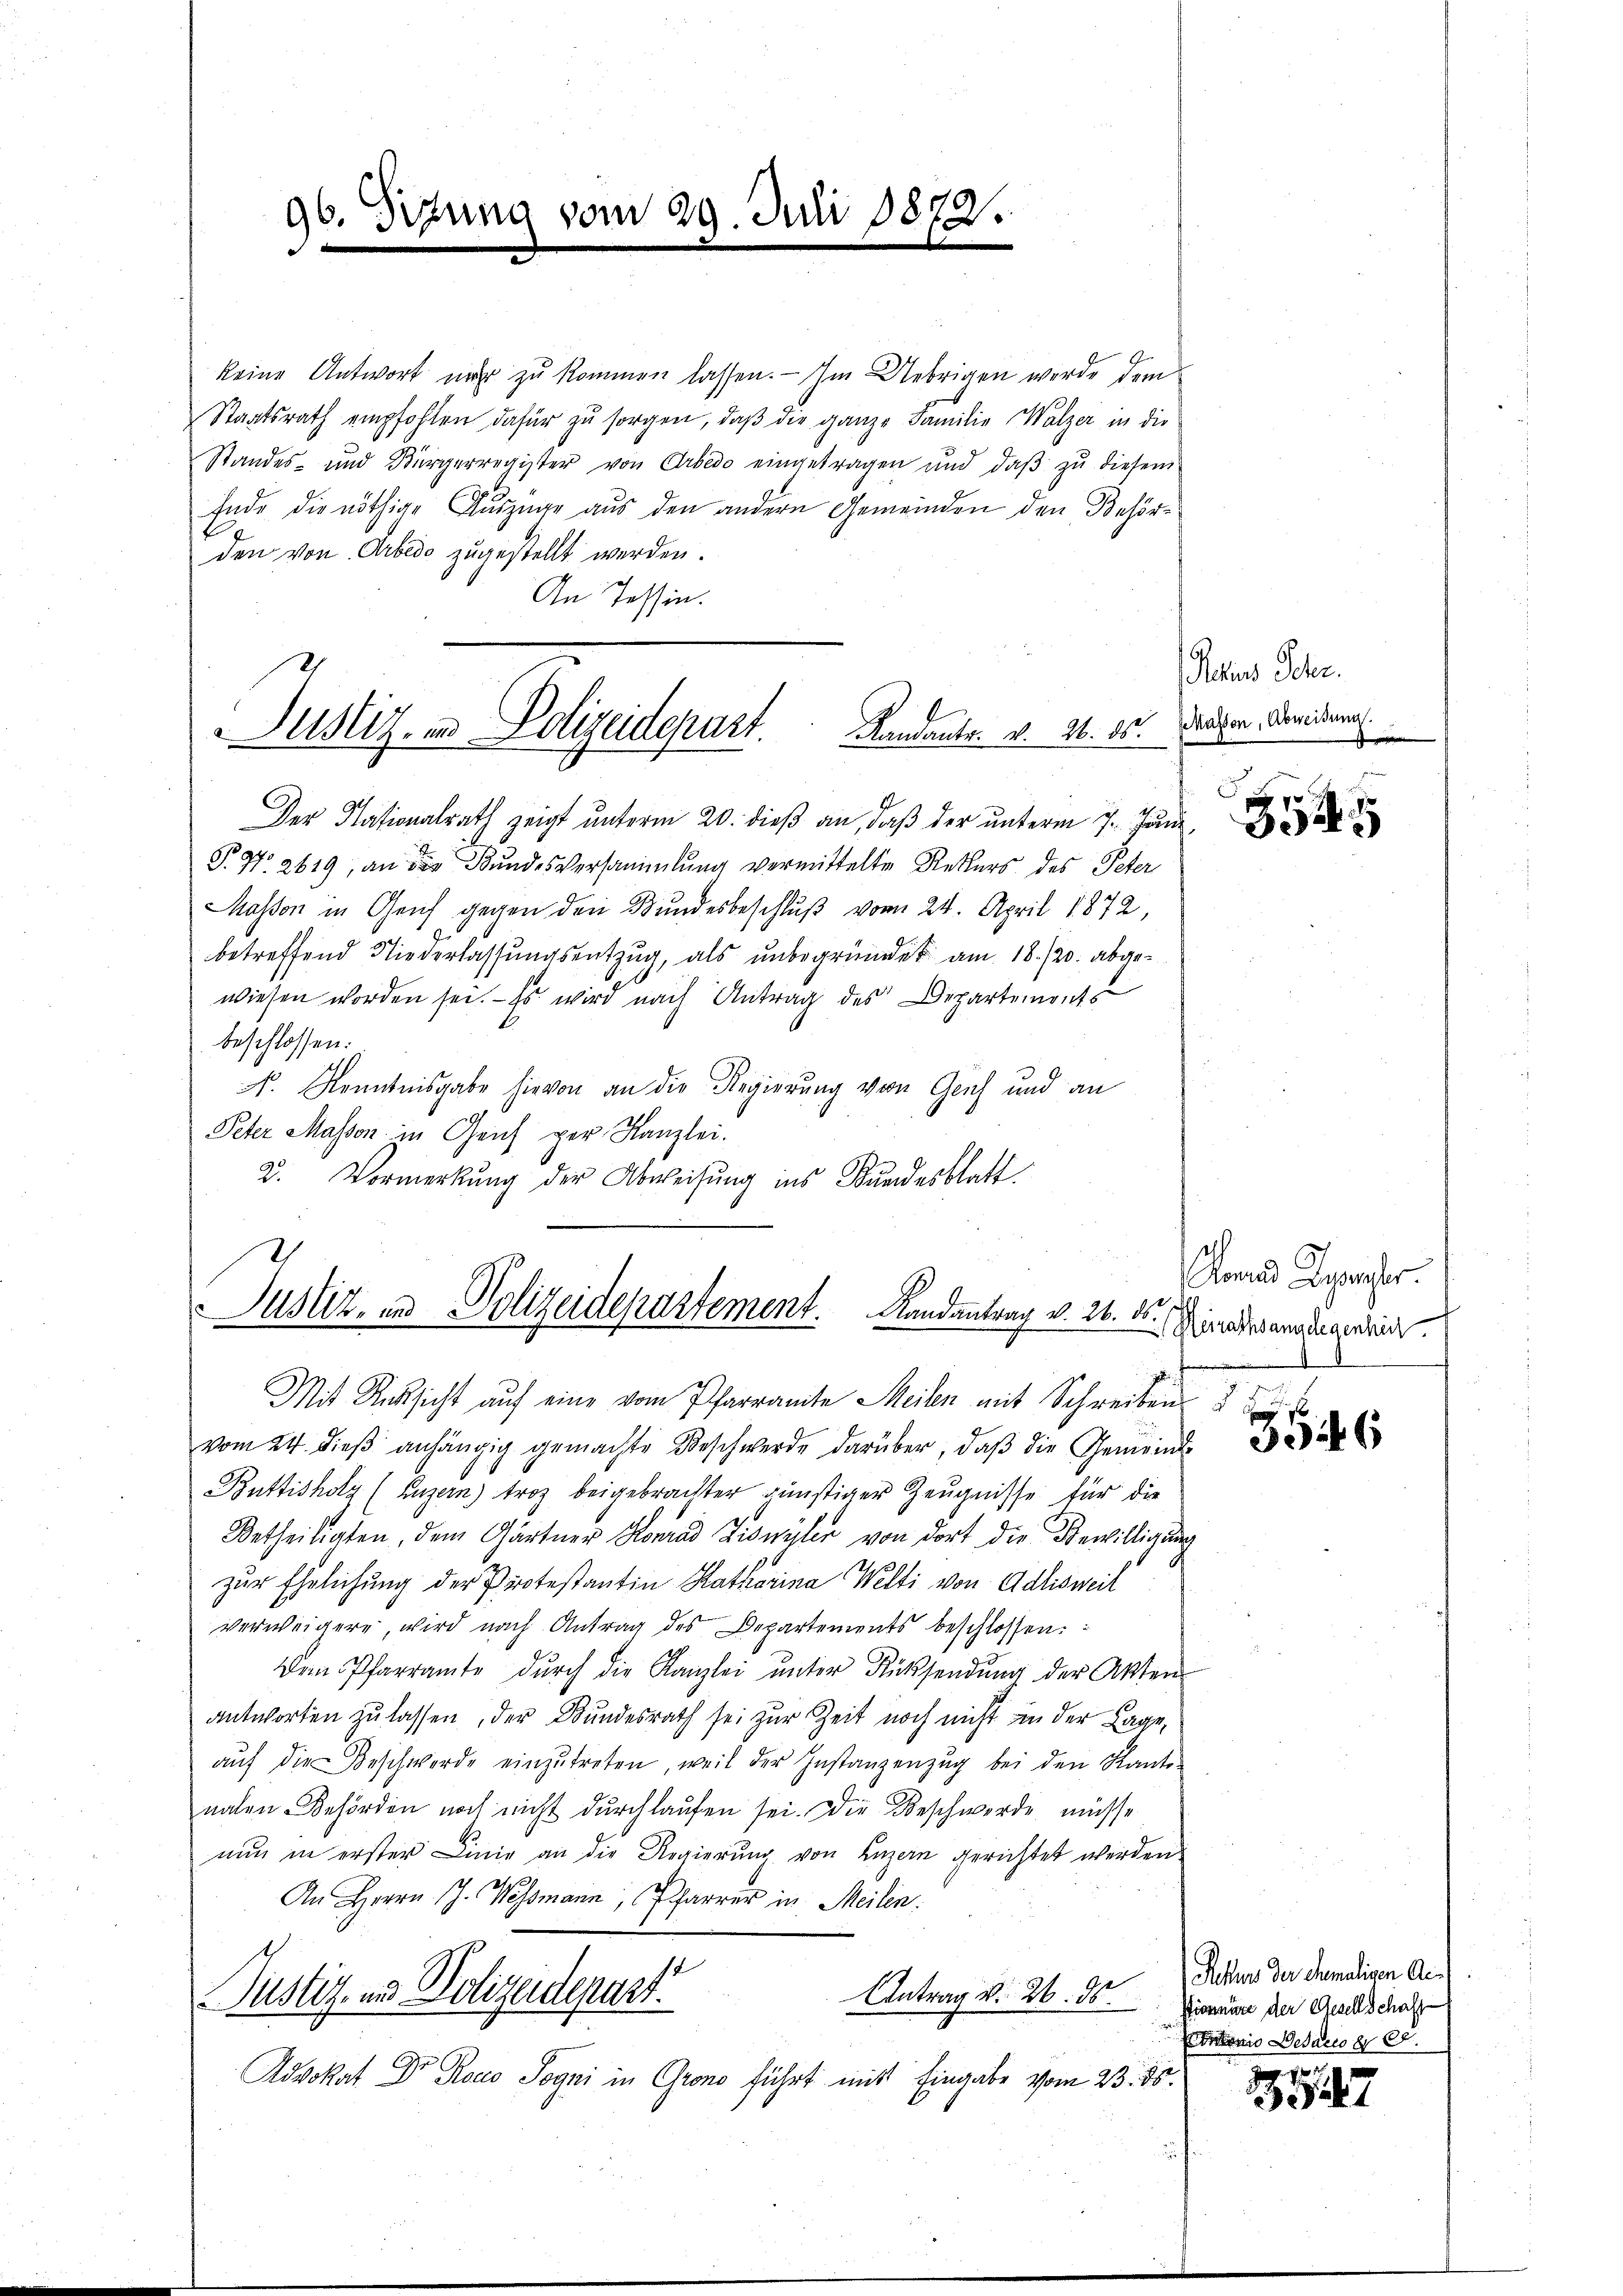
96. Sitzung vom 29. Juni 1872.
e

keine Antwort nur zu kommen lassen. — Im Uebrigen werde dem
Staatsrath empfohlen dafür zu sorgen, daß die ganze Familie Walzer in die
Standes- und Bürgerregister von Arbedo eingetragen und daß zu diesem
Ende die nöthige Auszüge aus den andern Gemeinden den Behörden von Arbedo zugestellt werden.
An Tessin.

Justiz- und Polizeidepart. Landants. v. 24. 85.

Der Nationalrath zeigt unterm 20. dieß an, daß der unterm 7. Juni
P. Nr. 2619, an die Bundesversammlung vermittelte Rekurs des Peter
Masson in Genf gegen den Bundesbeschluß vom 24. April 1872,
betreffend Niederlassungsentzug, als unbegründet am 18./20. abgewiesen worden sei. - Es wird nach Antrag des Departements
beschlossen:
N. Kenntnisgabe hievon an die Regierung von Genf und an
Peter Masson in Geich per Kanzlei.
2. Vormerkŭng der Abweisung ins Bundesblatt

Justiz, und Polizeidepartement. Landantrag v. 26. ds.

Pechens Schr.
Massen, Abweisung.
e

35

onas Gegenster.
Mesrathsanndlegenheit.

Mit Rücksicht auf eine vom Pfarramte Meilen mit Schreiben
vom 24. dieß anhängig gemachte Beschwerde darüber, daß die Gemeind¬
Büttisholz (Luzern) troz beigebrachter günstiger Zeugnisse für die
Urtheiligten, dem Gärtner Konrad Ziswüler von dort die Bewilligung
zur Ehelichung der Protestantin Katharina Welti von Adlisweil
verweigere, wird nach Antrag des Departements beschlossen:
Dem Pfarramte dŭrch die Kanzlei ŭnter Rücksendŭng der Akten
antworten zu lassen, der Bundesrath sei zur Zeit noch nicht in der Lage,
aŭf die Beschwerde einzŭtreten, weil der Instanzenzug bei den Kanto
nalen Behörden noch nicht durchlaufen sei. Die Beschwerde müsse
nun in erster Linie an die Regierung von Luzern gerichtet werden
An Herrn J. Wessmann, Pfarrer in Meilen.
Justiz- und Polizeidepart
Antrag v. 26. ds. Bismann der Geschschaft
Advokat Dr Roco Sogni in Grono führt mit Eingabe vom 23. ds.

3

Rekurs der Ehemaligen An¬
ESenio Besares § 22.

Pr
247